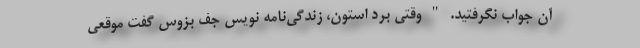
آن جواب نگرفتید. " وقتی برد استون، زندگی‌نامه نویس جف بزوس گفت موقعی